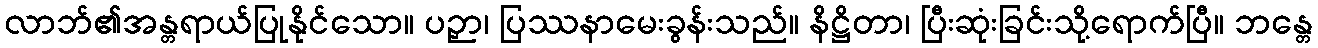
လာဘ်၏အန္တရာယ်ပြုနိုင်သော။ ပဉှာ၊ ပြဿနာမေးခွန်းသည်။ နိဋ္ဌိတာ၊ ပြီးဆုံးခြင်းသို့ရောက်ပြီ။ ဘန္တေ